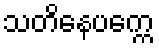
သတိနေပက္ကေ